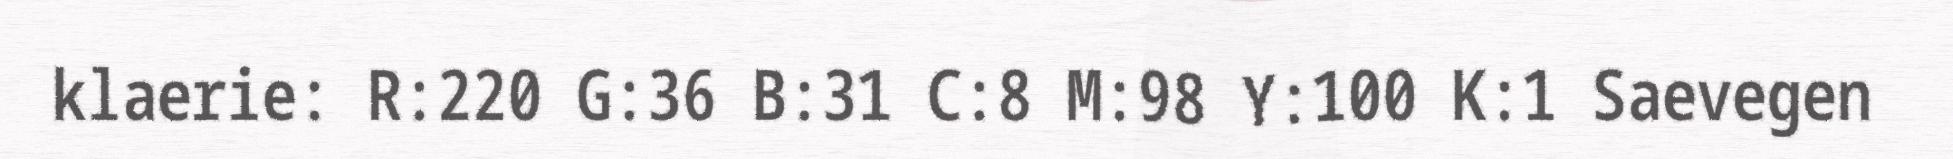
klaerie: R:220 G:36 B:31 C:8 M:98 Y:100 K:1 Saevegen